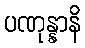
ပဏုန္နာနိ